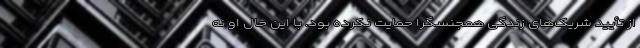
از تأیید شریک‌های زندگی همجنسگرا حمایت نکرده بود. با این حال او نه